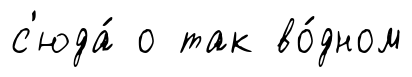
с'юда́ о так во́дном